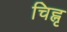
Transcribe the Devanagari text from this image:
चिह्नृ